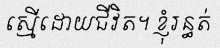
ស្មើដោយជីវិត។ ខ្ញុំរន្ធត់